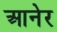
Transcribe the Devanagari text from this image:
आनेर